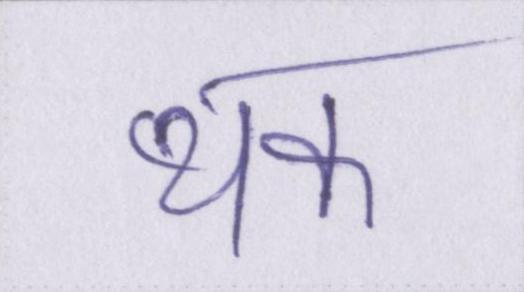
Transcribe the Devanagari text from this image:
थक